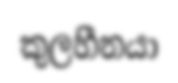
කුලහීනයා